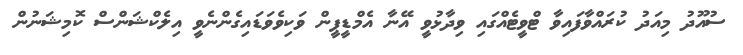
ސުއޫދު މިއަދު ކުރައްވާފައިވާ ޓްވީޓެއްގައި ވިދާޅުވީ އޭނާ އެމްޑީޕީން ވަކިވެވަޑައިގެންނެވީ އިލެކްޝަންސް ކޮމިޝަނުން